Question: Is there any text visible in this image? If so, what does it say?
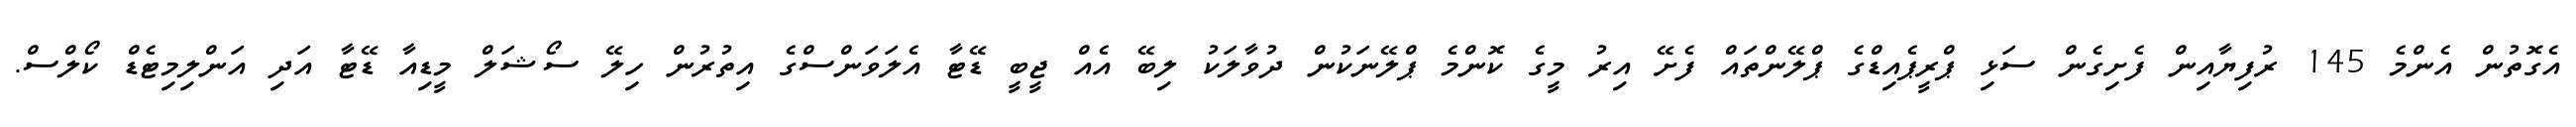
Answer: އެގޮތުން އެންމެ 145 ރުފިޔާއިން ފެށިގެން ސަޅި ޕްރީޕެއިޑްގެ ޕްލޭންތައް ފެށޭ އިރު މީގެ ކޮންމެ ޕްލޭނަކުން ދުވާލަކު ލިބޭ އެއް ޖީބީ ޑޭޓާ އެލަވަންސްގެ އިތުރުން ހިލޭ ސޯޝަލް މީޑިއާ ޑޭޓާ އަދި އަންލިމިޓެޑް ކޯލްސް.